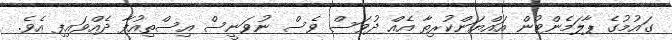
ގައުމުގެ ޕާލަމެންޓުން އައްޔަންކުރިތާ އެއް ދުވަސް ވެސް ނުވަނީސް އިސްތިއުފާ ދެއްވައިފި އެވެ.